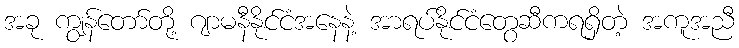
အခု ကျွန်တော်တို့ ဂျာမနီနိုင်ငံအနေနဲ့ အာရပ်နိုင်ငံတွေဆီကရရှိတဲ့ အကူအညီ